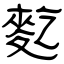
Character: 麧